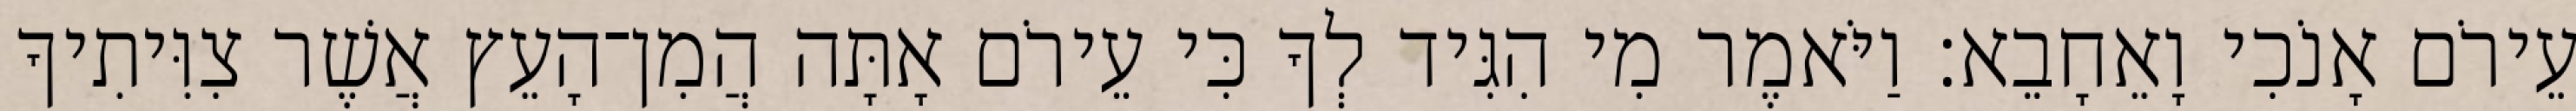
עֵירֹם אָנֹכִי וָאֵחָבֵא׃ וַיֹּאמֶר מִי הִגִּיד לְךָ כִּי עֵירֹם אָתָּה הֲמִן־הָעֵץ אֲשֶׁר צִוִּיתִיךָ